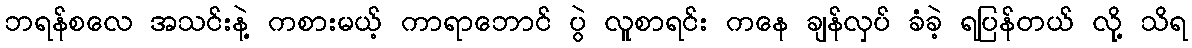
ဘရန်စလေ အသင်းနဲ့ ကစားမယ့် ကာရာဘောင် ပွဲ လူစာရင်း ကနေ ချန်လှပ် ခံခဲ့ ရပြန်တယ် လို့ သိရ